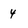
Character: 4